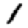
Digit: 1